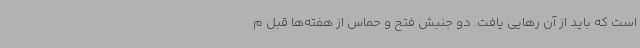
است که باید از آن رهایی یافت. دو جنبش فتح و حماس از هفته‌ها قبل م